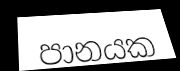
පානයක